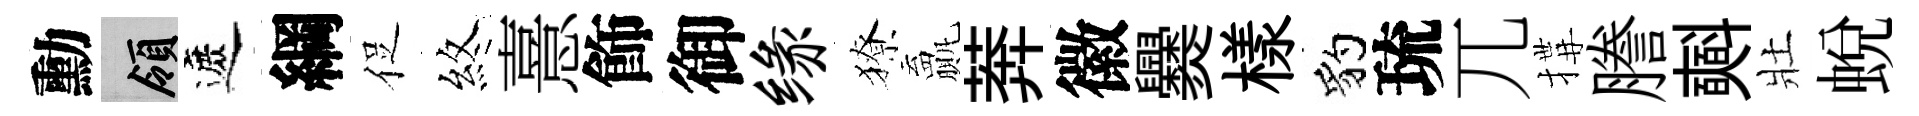
勳領遮綱促煞憙飾御缘獠贏莾徽爨樣豹琉兀搆謄𣂏壯蜕